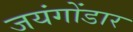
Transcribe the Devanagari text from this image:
जयंगोंडार